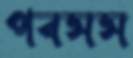
পবসস